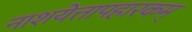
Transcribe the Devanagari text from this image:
नाशयेत्तापहारकम्